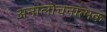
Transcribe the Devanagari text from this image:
अनालोचनात्मक